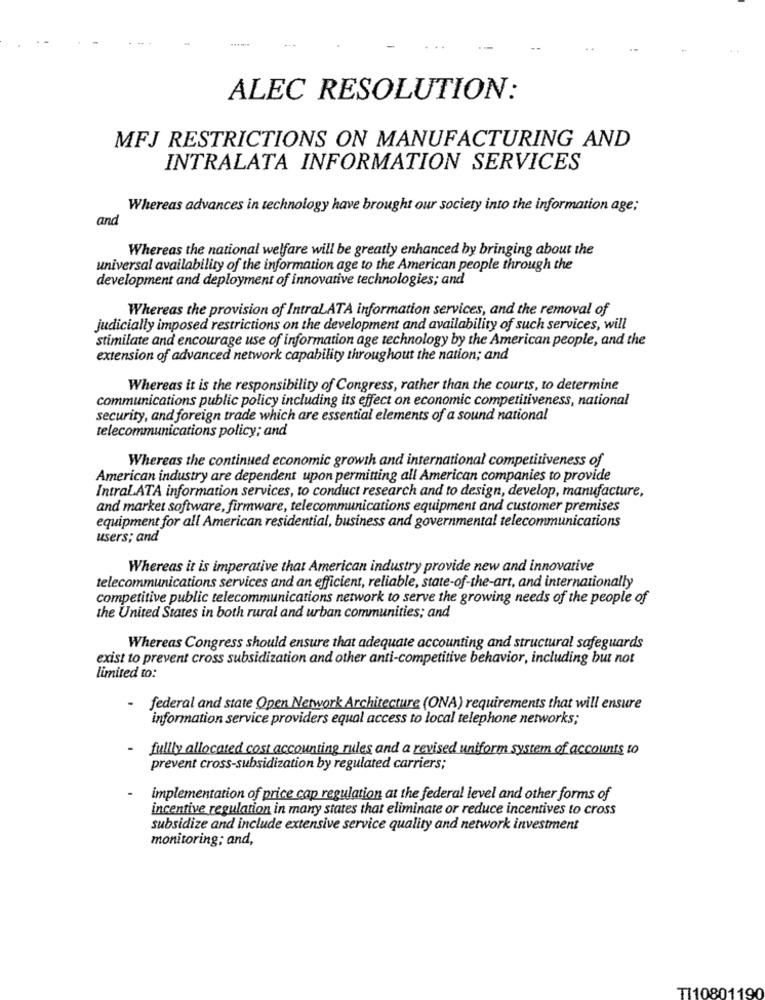
ALEC RESOLUTION:
MFJ RESTRICTIONS ON MANUFACTURING AND
INTRALATA INFORMATION SERVICES
Whereas advances in technology have brought our society into the information age;
and
Whereas the national welfare will be greatly enhanced by bringing about the
universal availability of the information age to the American people through the
development and deployment of innovative technologies; and
Whereas the provision of IntraLATA information services, and the removal of
judicially imposed restrictions on the development and availability of such services, will
stimilate and encourage use of information age technology by the American people, and the
extension of advanced network capability throughout the nation; and
Whereas it is the responsibility of Congress, rather than the courts, to determine
communications public policy including its effect on economic competitiveness, national
security, and foreign trade which are essential elements of a sound national
telecommunications policy; and
Whereas the continued economic growth and international competitiveness of
American industry are dependent upon permitting all American companies to provide
IntraLATA information services, to conduct research and to design, develop, manufacture,
and market software, firmware, telecommunications equipment and customer premises
equipment for all American residential, business and governmental telecommunications
users; and
Whereas it is imperative that American industry provide new and innovative
telecommunications services and an efficient, reliable, state-of-the-art, and internationally
competitive public telecommunications network to serve the growing needs of the people of
the United States in both rural and urban communities; and
Whereas Congress should ensure that adequate accounting and structural safeguards
exist to prevent cross subsidization and other anti-competitive behavior, including but not
limited to:
- federal and state Open Network Architecture (ONA) requirements that will ensure
information service providers equal access to local telephone networks;
- fullly allocated cost accounting rules and a revised uniform system of accounts to
prevent cross-subsidization by regulated carriers;
implementation of price cap regulation at the federal level and other forms of
incentive regulation in many states that eliminate or reduce incentives to cross
subsidize and include extensive service quality and network investment
monitoring; and,
TI10801190